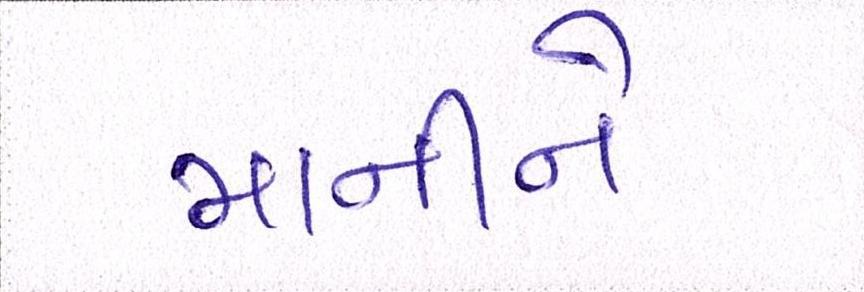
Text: માનીને